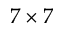
7 \times 7